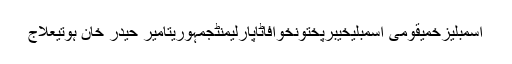
اسمبلیزخمیقومی اسمبلیخیبرپختونخوافاٹاپارلیمنٹجمہوریتامیر حیدر خان ہوتیعلاج